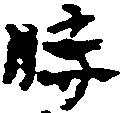
時